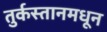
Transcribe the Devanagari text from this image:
तुर्कस्तानमधून